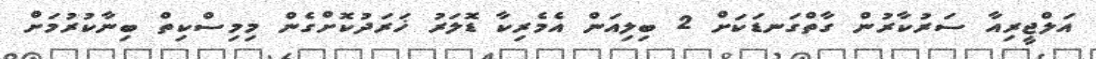
އަލްޖީރިއާ ސަރުކާރުން ގާތްގަނޑަކަށް 2 ބިލިއަން އެމެރިކާ ޑޮލަރު ޚަރަދުކޮށްގެން މިމިސްކިތް ބިނާކުރުމަށް